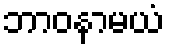
ဘာဝနာမယံ